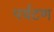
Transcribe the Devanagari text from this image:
पर्यटण